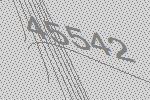
45542